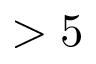
> 5